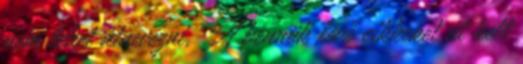
nem lehet átnevezni. A bennük lévő cikkeket át kell